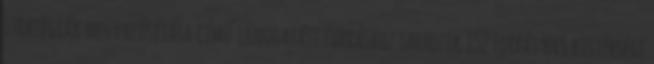
stratégiák megvalósítása című támogatási forráshoz tartozik 152 Forrás:HVS kistérségi